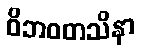
ဝိဘဝတသိနာ